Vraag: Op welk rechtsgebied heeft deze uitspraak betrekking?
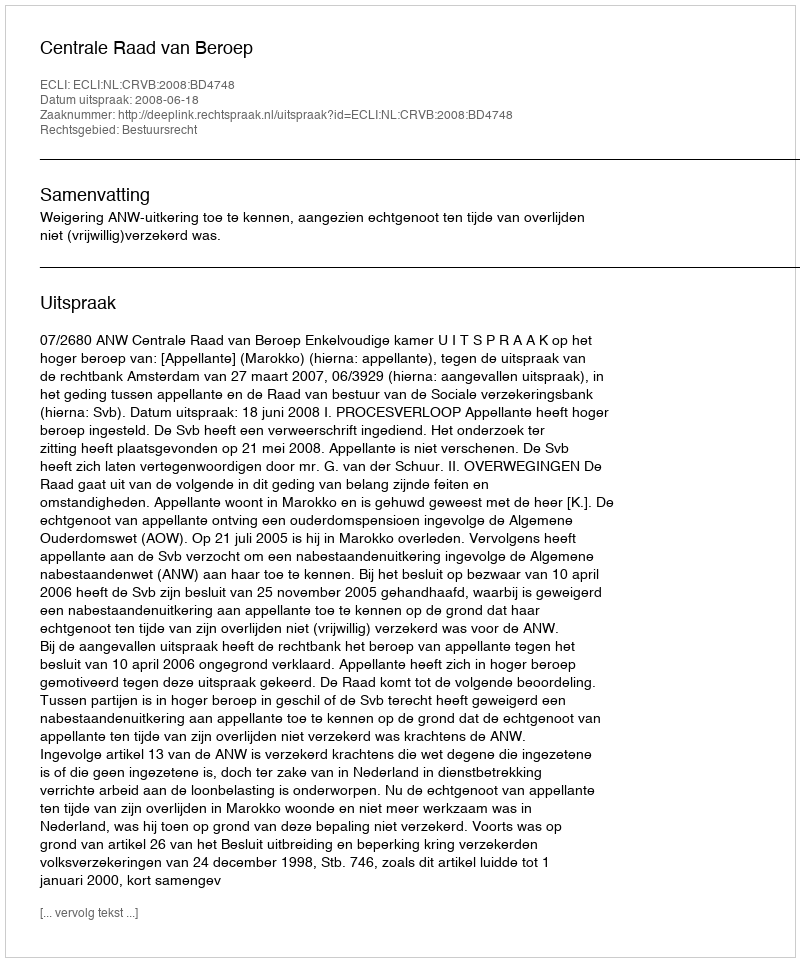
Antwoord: Bestuursrecht